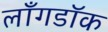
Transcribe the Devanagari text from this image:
लाँगडॉक